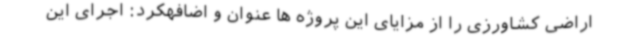
اراضی کشاورزی را از مزایای این پروژه ها عنوان و اضافهکرد: اجرای این